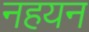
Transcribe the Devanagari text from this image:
नहयन